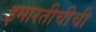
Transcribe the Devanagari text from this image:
इमारतीचीची